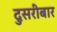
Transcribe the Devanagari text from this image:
दुसरीबार